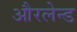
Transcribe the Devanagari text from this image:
औरलेन्ड